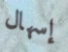
إسهال